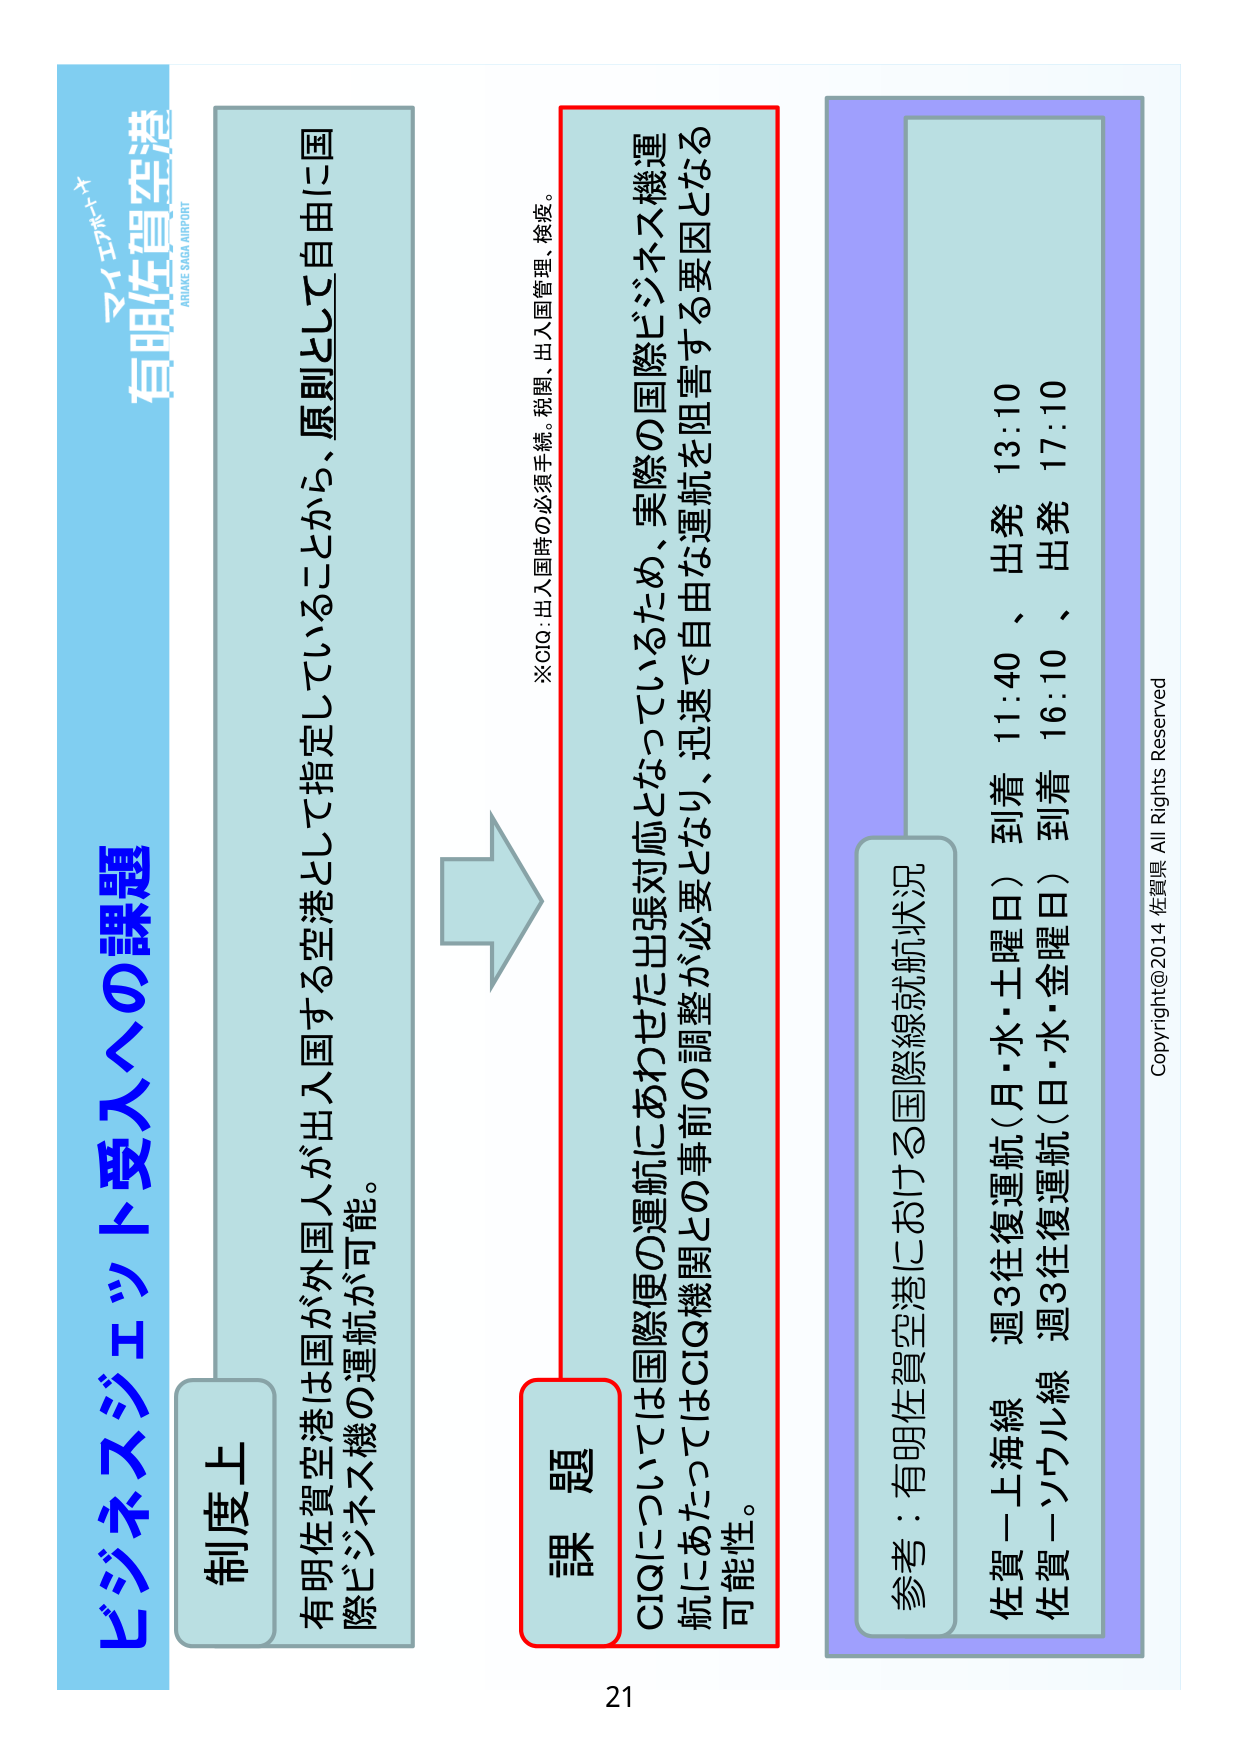
マイエアポート
有明佐賀空港
ARUAKE SAGA AIRPORT

ビジネスジェット受入への課題

制度上
有明佐賀空港は国が外国人が出入国する空港として指定していることから、原則として自由に国際ビジネス機の運航が可能。

※CIQ：出入国時の必須手続。税関、出入国管理、検疫。

課題
CIQについては国際便の運航にあわせた出張対応となっているため、実際の国際ビジネス機運航にあたってはCIQ機関との事前の調整が必要となり、迅速で自由な運航を阻害する要因となる可能性。

参考：有明佐賀空港における国際線就航状況
佐賀－上海線 週3往復運航（月・水・土曜日） 到着 11:40 、出発 13:10
佐賀－ソウル線 週3往復運航（日・水・金曜日） 到着 16:10 、出発 17:10

Copyright@2014 佐賀県 All Rights Reserved
21